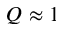
Q \approx 1